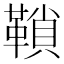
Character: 𩌆